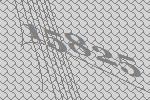
15825